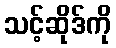
သင့်ဆိုဒ်ကို